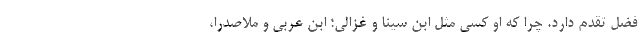
فضل تقدم دارد. چرا که او کسی مثل ابن سینا و غزالی؛ ابن عربی و ملاصدرا،